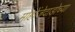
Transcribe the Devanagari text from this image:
मोहोंजेदाडोच्या